Vital statistics of India. Vol. VI, European troops 1870-79
Year: 1870
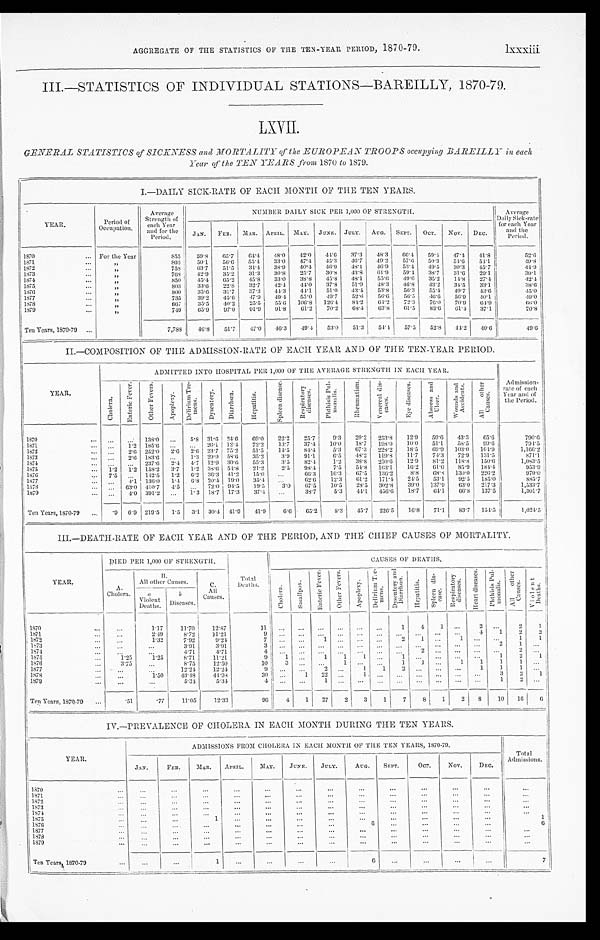
AGGREGATE OF THE STATISTICS OF THE TEN-YEAR PERIOD, 1870-79.
lxxxiii
III.—STATISTICS OF INDIVIDUAL STATIONS—BAREILLY, 1870-79.
GENERAL STATISTICS of SICKNESS and MORTALITY of the EUROPEAN TROOPS occupying BAREILLY in eac
h Year of the TEN YEARS from 1870 to 1879.
I . — D A I L Y S I C K - R A T E O F E A C H M O N T H O F T H E T E N Y E A R S .
YEAR.
Period of
Occupat i on.
Average
Strength of
each year
and for the
Period.
NUMBER DAILY SICK PER 1,000 OF STRENGTH.
Average
Daily Sick-rate
each Year
and the
Period.
JAN. FEB. MAR. APRIL. MAY. JUNE. JULY. AUG. SEPT. OCT. NOV. DEC.
1870
For the Year
8 5 5 59.8 65.7 64.4 48.0 42. 0
4 4 . 6 37.3 48. 3
6 6 . 4
5 9 . 4 47.4 41.8
52.6
1871
"
803 50.1 56.6 55.4 33.0 47. 4 45.3 46.7 49.2 57.6 50.3 54.6 54.1
49.8
1872
"
758 63.7 51.5 34. 4 38.9 40. 4 46.9 48.1 46. 9 53.4 49.5 30.3 45.7
44.9
1873
"
768 42.9 35.2 31.3 30.8 25. 7 30.8 43.8 61.9
5 9 . 4 38.7 31.6
2 9 . 1
3 9 . 1
1874
"
850 45.4 65.2 45.8 33.0 38. 8 45.8 48.1 55. 6 49.6 35.2 14.8
2 7 . 4
42.4
1875
"
803 33.6 22.8 32. 7 42.4 44. 0 37.8 51.9 48.3 46.8 43.2
3 4 . 5 33.1
3 8 . 6
1876
"
800 35.6
3 1 . 7 37.3 44.3 44. 1 51.0 43.4 53. 8 56.3
5 5 . 4
4 9 . 7 43.6
45.0
1877
"
735 39.2 45.6 47.9 49.4 55. 0 49.7 52.6 56. 6 56.5 46.6 56.9 40.1
49.0
1878
"
6 6 7
3 5 . 5 40.2 25.5 55.6 106. 8 126.4 84.2 64. 2 72.3 76.0 70.9
6 4 . 9
6 6 . 0
1879
"
749 65.9 97.0 91.9 91.8 61.2 70.2
6 8 . 4 63.8 61.5 83.6
6 1 . 4 37.1
70.8
Ten Years, 1870-79
7,788 46.8 51.7 47.0 46.3 49.4 53.0 51.3 54.4 57.5 52.8 44.2 40.6
4 9 . 6
II.—COMPOSITION OF THE ADMISSION-RATE OF EACH YEAR AND OF THE TEN-YEAR PERIOD.
Y E A R .
ADMITTED INTO HOSPITAL PER 1,000 OF THE AVERAGE STRENGTH IN EACH YEAR.
Admission-
rate of each
Year and of
the Period.
C h o l e r a .
E n t e r i c F e v e r .
O t h e r F e v e r s .
A p o p l e x y .
D e l i r i u m T r e - m e n s .
D y s e n t e r y . D i a r r h œ a
H e p a t i t i s .
S p l e e n d i s e a s e . R e s p i r a t o r y d i s e a s e . P h t h i s i s P u l - m o n a l i s .
R h e u m a t i s m . V e n e r a l d i s - e a s e s .
E y e d i s e a s e s . A b s e e s s a n d U l c e r .
W o u n d s a n d A c c i d e n t s .
A l l o t h e r C a u s e s .
1 8 7 0
138.0
5.8 31.6 24.6
6 9 . 0 22.2 25.7 9.3 29.2 253.8 12.9 59 6 43.3
6 5 . 6
790. 6
1871
1.2 185.6
26.1 12.4 72.2 13.7 37.4 10.0 18.7 198.0 10.0 51. 1 58.5
9 9 . 6
7 9 4 . 5
1872
2.6 252.0 2.6 2.6 23.7 75.2 51.5 14.5 84.4 5.3 67.3 228.2 18.5
6 9 . 9 103.0 164.9
1, 166. 2
1873
2.6 183.6
1.3 29.9 58.6 35.2 3. 9 91.1
6 . 5 48.2 119.8 11.7 74.3 72.9 131.5
871. 1
1874
237.6 2.4 4.7 12.9 30.6 55.3 3.5 82.4 1.2 38.8 250.6 12.9 81.2 118.8 150.6
1, 083. 5
1875
1 . 2 1.2 158.2 3.7 1.2 38.6 54.8 21.2 2.5 98.4 7.5 54.8 163. 1
1 6 . 2 61.0 85.9 184.4
9 5 3 . 9
1876
7.5
142. 5 1. 2
6 . 2 3 6 . 3 41.2 15.0
66. 3 16.3 67.5 136.2 8.8 68.8 130.0 226.2
970. 0
1877
4.1 136.0 1. 4 6 . 8 2 0 . 4 1 9 . 0
3 5 . 4
62.6 12.3
6 1 . 2 171.4 24.5 53.1 92.5 185. 0
885.7
1 8 7 8
63.0 4 1 0 . 7 4. 5
72.0 94.5 19.5 3.0 67.5 10.5 28.5 302.8 39.0 137.9 63.0 217.3
1,533.7
1879
4.0 391.2
1.3 18.7 17.3 37.4
38.7 5.3 44.1 456.6 18.7 64.1 66.8 137.5
1, 301. 7
Ten Years, 1870-79
. 9 6.9 219.5 1 . 5 3.1
3 0 . 4
41.9 41.9 6.6 65.2
8 . 3 45.7 226.5 16.8 71.1 83.7 154.5
1,024.5
III.—DEATH-RATE OF EACH YEAR AND OF THE PERIOD, AND THE CHIEF CAUSES OF MORTALITY.
Y E A R .
DIED PER 1,000 OF STRENGTH.
Total Deaths.
CAUSES OF DEATHS.
A . C h o l e r a .
B . A l l o t h e r C a u s e s .
C.
All
Causes.
C h o l e r a .
S m a l l p o x .
E n t e r i c F e v e r . O t h e r F e v e r s .
A p o p l e x y .
D e l i r i u m T r e - m e n s . D y s e n t e r y a n d D i a r r h œ a .
H e p a t i t i s .
S p l e e n d i s - e a s e . R e s p i r a t o r y d i s e a s e s .
H e a r t d i s e a s e s . P h t h i s i s P u l - mo n a l i s . A l l o t h e r C a u s e s .
V i o l e n t D e a t h s .
a
Violent Deaths.
b
Diseases.
1870
1.17 11.70 12.87
1 1
1 4 1
2
2 1
1871
2.49 8.72 11.21
9
4 1 2 2
1872
1.32 7.92 9.24
7
1
2 1
1
1 1
1 8 7 3
3.91 3.91
3
2 1
1 8 7 4
4.71
4 . 7 1
4
2
2
1875
1 . 2 5
1 . 2 5 8.71 11.21
9 1
1 1 1
1
1 2 1
1876
3.75
8.75 12.50
10 3
1
1
1
1 1 1 1
1877
12.24 12.24
9
2
1 1 2
1 1 1
1 8 7 8
1 . 5 0 43.48 44.98
30
1 22
1
3 2 1
1879
5.31
5 . 3 4
4
1
1
2
Ten Years, 1870.-79
.51
.77 11.05 12.33
96 4 1 27 2 3 1
7 8
1 2 8 10 16
6
IV.—PREVALENCE OF CHOLERA IN EACH MONTH DURING THE TEN YEARS.
YEAR.
ADMISSIONS FROM CHOLERA IN EACH MONTH OF THE TEN YEARS, 1870-79.
Total
Ad mi s s i o n s .
JAN. F E B .
M A R . APRIL. MAY. JUNE. JULY. AUG. SEPT. OCT. NOV.
DEC.
1 8 7 0
1 8 7 1
1872 1873 1 8 7 4
1875
1
1
1876
6
6
1877 1 8 7 8
1879
Ten Years 1870-1879
1
6
7